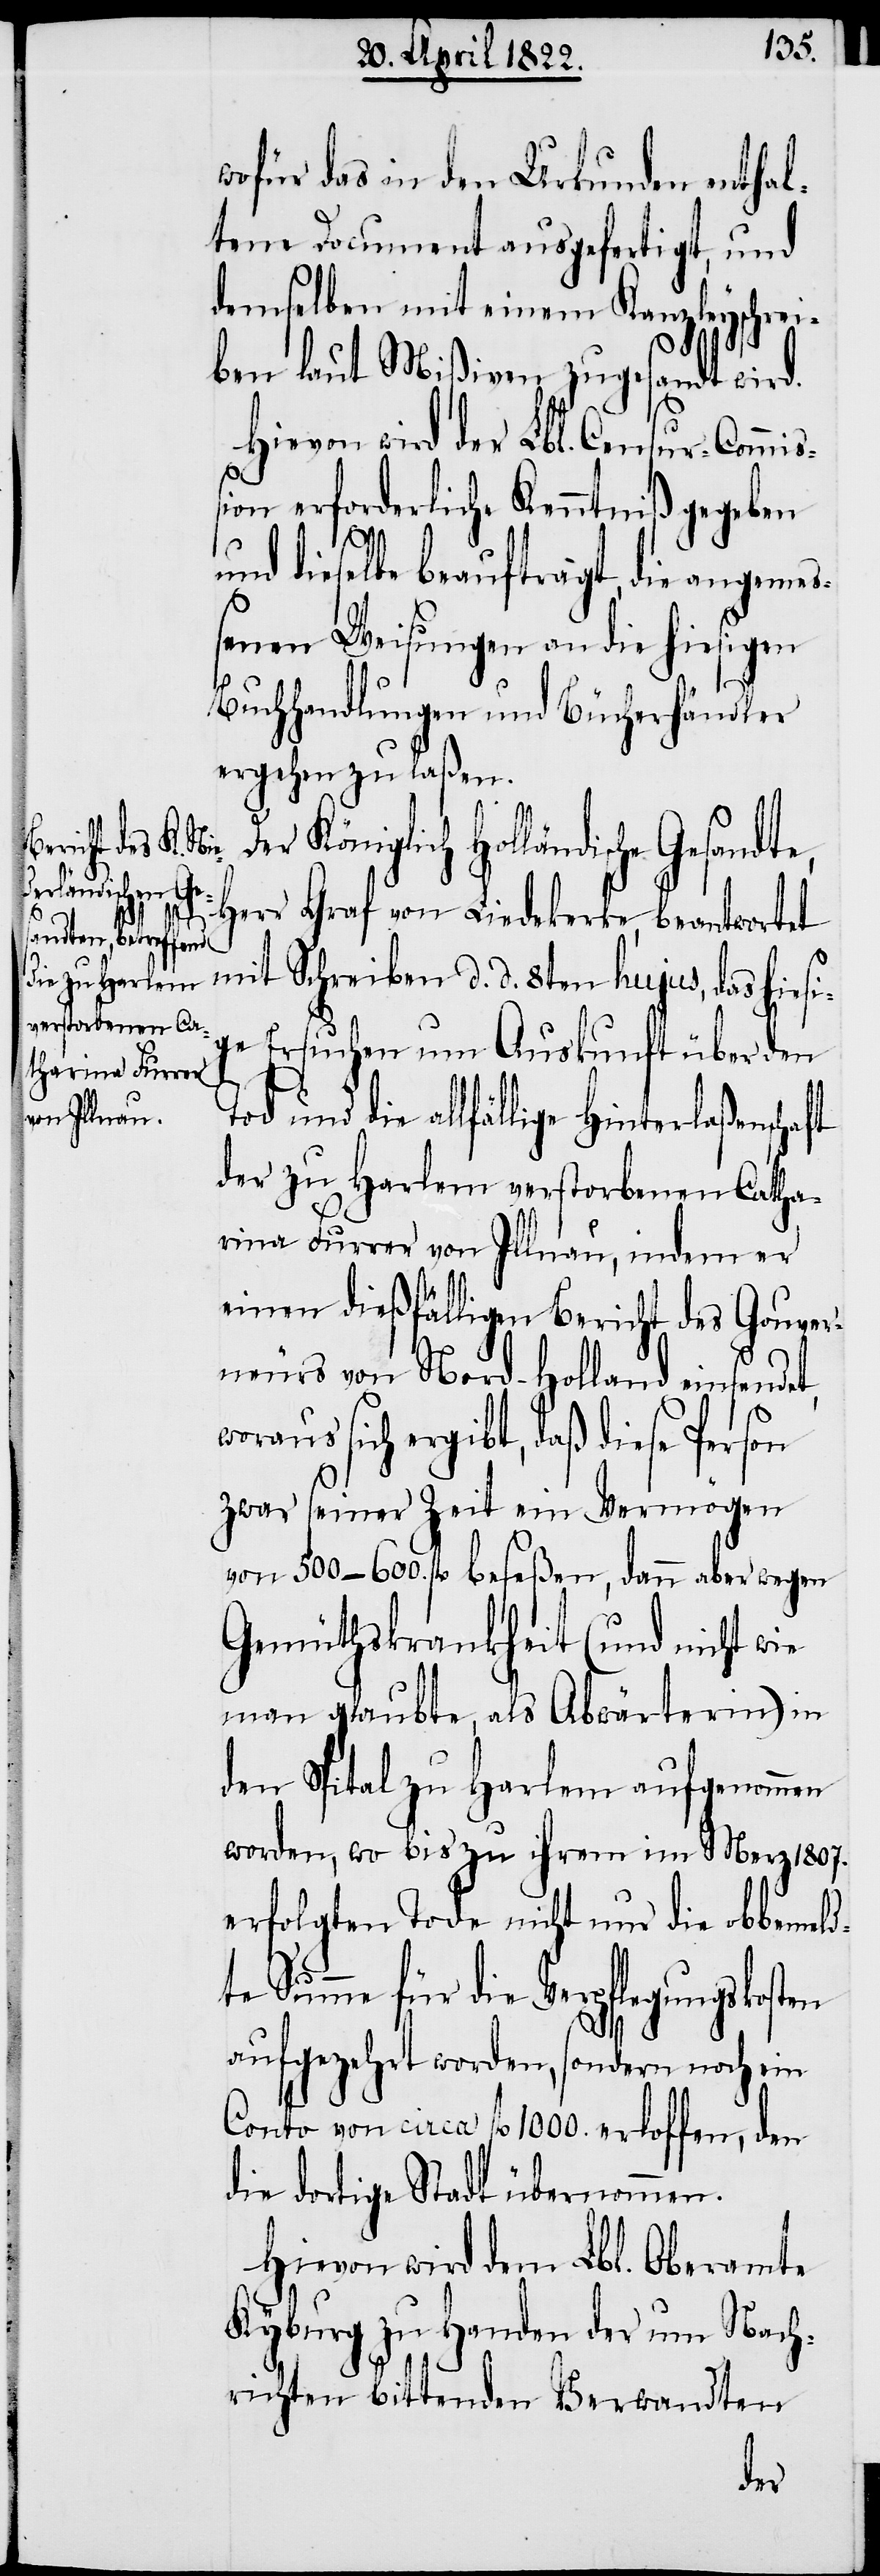
wofür das in den Urkunden enthal¬
tene Document ausgefertigt, und
demselben mit einem Kanzleyschrei¬
ben laut Mißiven zugesandt wird.
Hievon wird der Lbl. Censur-Commiß¬
ion erforderliche Kenntniß gegeben
und dieselbe beauftragt, die angeme¬
ßenen Weisungen an die hiesigen
Buchhandlungen und Bücherhändler
ergehen zu laßen.
Der Königlich Holländische Gesandte,
ft
Herr Graf von Liedekerke, beantwortet
mit Schreiben d. d. 8ten hujus, das hiesi¬
ge Ersuchen um Auskunft über den
und die allfällige Hinterlaßenscha¬
der zu Harlem verstorbenen Catha¬
rina Furrer von Illnau, indem er
einen dießfälligen Bericht des Gouver¬
neurs von Nord-Holland einsendet,
woraus sich ergibt, daß diese Person
zwar seiner Zeit ein Vermögen
von 500–600. fl. beseßen, dann aber wegen
Gemüthskrankheit (und nicht wie
man glaubte, als Abwärterin) in
den Spital zu Harlem aufgenommen
worden, wo bis zu ihrem im Merz 1807.
erfolgten Tode nicht nur die obbmeld¬
te Summe für die Verpflegungskosten
aufgezehrt worden, sondern noch ein
Conto von circa fl. 1000. erloffen, den
die dortige Stadt übernommen.
Hievon wird dem Lbl. Oberamte
Kyburg zu Handen der um Nach¬
richten bittenden Verwandten